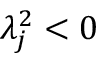
\lambda _ { j } ^ { 2 } < 0